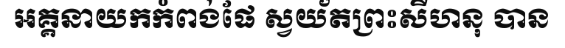
អគ្គនាយកកំពង់ផែ ស្វយ័តព្រះសីហនុ បាន